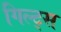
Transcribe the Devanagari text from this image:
गिल्ट्स